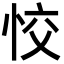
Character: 恔